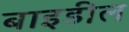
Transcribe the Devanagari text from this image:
बाइडील